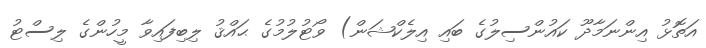
އަތޮޅު އިންނަމާދޫ ކައުންސިލުގެ ބައި އިލެކްޝަން) ވޯޓުލުމުގެ ޙައްޤު ލިބިފައިވާ މީހުންގެ ލިސްޓު